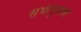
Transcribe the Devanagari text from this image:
सभागृहावर